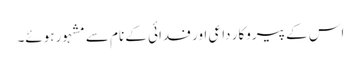
اس کے پیروکار داعی اور فدائی کے نام سے مشہور ہوئے۔